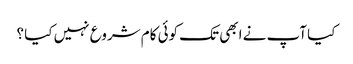
کیا آپ نے ابھی تک کوئی کام شروع نہیں کیا ؟